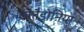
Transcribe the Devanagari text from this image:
क्लैडोनिया